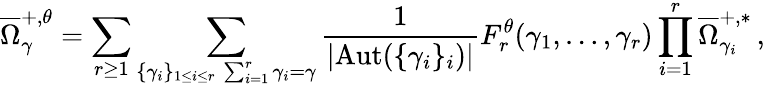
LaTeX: \overline{{\Omega}}_{\gamma}^{+,\theta}=\sum_{r\geq 1}\sum_{\substack{\{ \gamma_{i}\} _{1\leq i\leq r}\, \sum_{i=1}^{r}\gamma_{i}=\gamma}}\frac{1}{|\mathrm{Aut}(\{ \gamma_{i}\} _{i})|}F_{r}^{\theta}(\gamma_{1},\dots,\gamma_{r})\prod_{i=1}^{r}\overline{{\Omega}}_{\gamma_{i}}^{+,*}\, ,